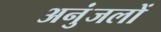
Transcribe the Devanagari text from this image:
अनुंजलों